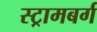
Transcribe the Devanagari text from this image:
स्ट्रामबर्ग